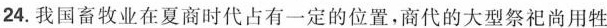
24.我国畜牧业在夏商时代占有一定的位置，商代的大型祭祀尚用牲